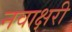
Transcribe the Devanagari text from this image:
नवाक्षरी